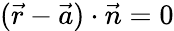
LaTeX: ({\vec{r}}-{\vec{a}})\cdot{\vec{n}}=0